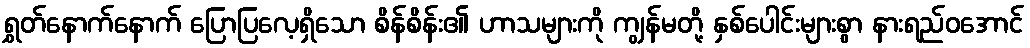
ရွှတ်နောက်နောက် ပြောပြလေ့ရှိသော စိန်စိန်း၏ ဟာသများကို ကျွန်မတို့ နှစ်ပေါင်းများစွာ နားရည်ဝအောင်